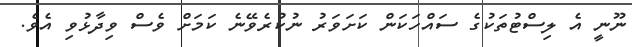
ނޫނީ އެ ލިސްޓުތަކުގެ ސައްހަކަން ކަށަވަރު ނުކުރެވޭނެ ކަމަށް ވެސް ވިދާޅުވި އެވެ.